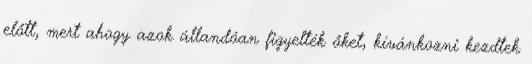
előtt, mert ahogy azok állandóan figyelték őket, kívánkozni kezdtek